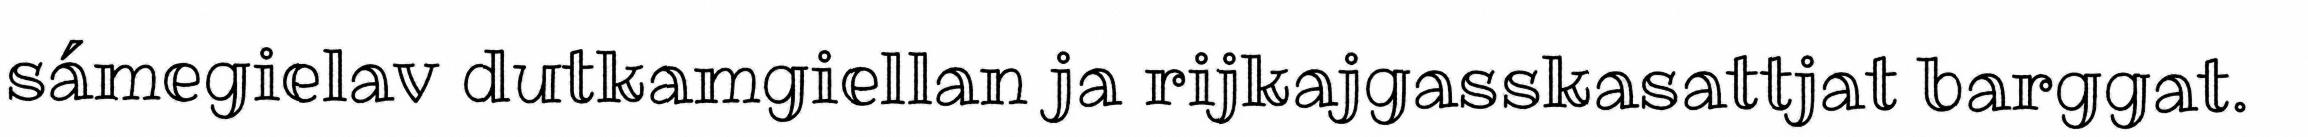
sámegielav dutkamgiellan ja rijkajgasskasattjat barggat.